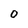
Character: 0